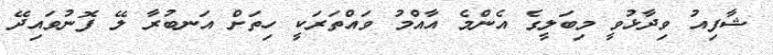
ޝާފިއު ވިދާޅުވީ މިބަލީގެ އެންމެ އާއްމު ވައްތަރަކީ ހިތަށް އަނބުރާ ލޭ ފޮނުވައިދޭ